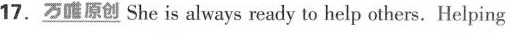
17.\underline{万唯原创} She is always ready to help others. Helping